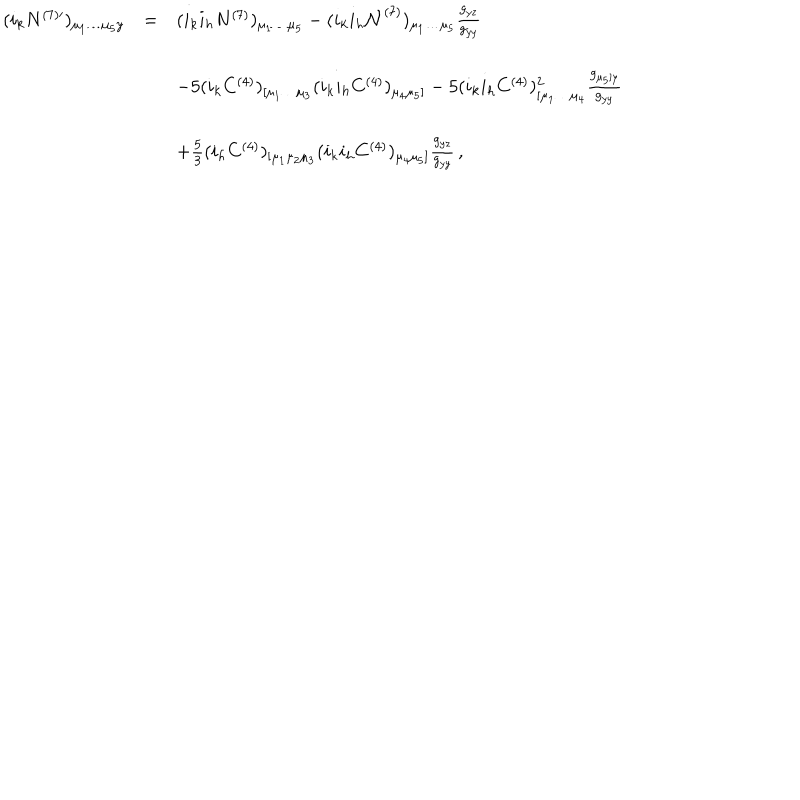
\begin{array} { r c l } { { ( i _ { k } N ^ { ( 7 ) \prime } ) _ { \mu _ { 1 } \dots \mu _ { 5 } y } } } & { { = } } & { { ( i _ { k } i _ { h } N ^ { ( 7 ) } ) _ { \mu _ { 1 } \dots \mu _ { 5 } } - ( i _ { k } i _ { h } { \cal N } ^ { ( 7 ) } ) _ { \mu _ { 1 } \dots \mu _ { 5 } } \frac { g _ { y z } } { g _ { y y } } } } \\ { { } } & { { } } & { { } } \\ { { } } & { { } } & { { - 5 ( i _ { k } C ^ { ( 4 ) } ) _ { [ \mu _ { 1 } \dots \mu _ { 3 } } ( i _ { k } i _ { h } C ^ { ( 4 ) } ) _ { \mu _ { 4 } \mu _ { 5 } ] } - 5 ( i _ { k } i _ { h } C ^ { ( 4 ) } ) _ { [ \mu _ { 1 } \dots \mu _ { 4 } } ^ { 2 } \frac { g _ { \mu _ { 5 } ] y } } { g _ { y y } } } } \\ { { } } & { { } } & { { } } \\ { { } } & { { } } & { { + \frac 5 3 ( i _ { h } C ^ { ( 4 ) } ) _ { [ \mu _ { 1 } \mu _ { 2 } \mu _ { 3 } } ( i _ { k } i _ { h } C ^ { ( 4 ) } ) _ { \mu _ { 4 } \mu _ { 5 } ] } \frac { g _ { y z } } { g _ { y y } } \, , } } \\ \end{array}